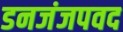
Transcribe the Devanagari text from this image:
डनजंजपवद